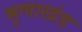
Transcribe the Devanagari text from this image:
मृणाखंड